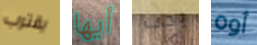
يقترب أيها يجب أوه